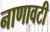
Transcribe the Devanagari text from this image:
नाणावटी